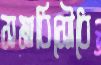
সমাধিসৌধে